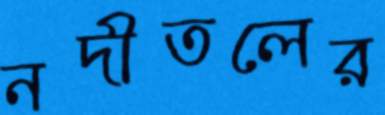
নদীতলের